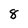
Character: 8